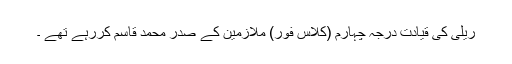
ریلی کی قیادت درجہ چہارم (کلاس فور) ملازمین کے صدر محمد قاسم کررہے تھے ۔